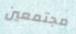
مجتمعين